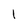
Character: l